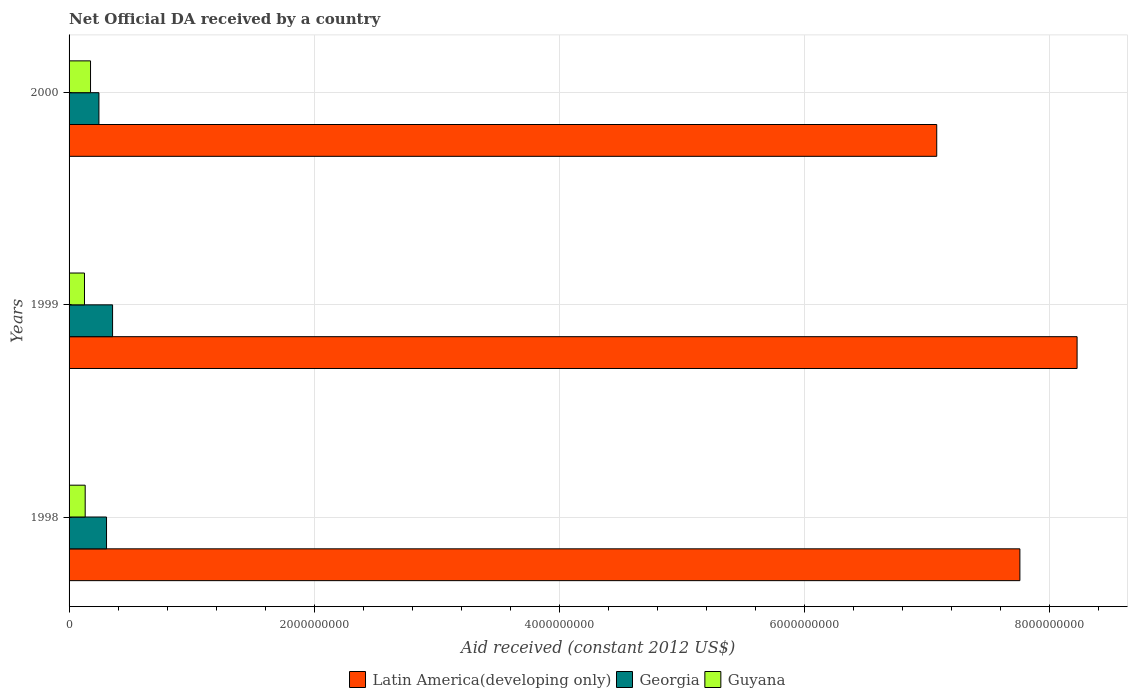
| Years | Latin America(developing only) | Georgia | Guyana |
 | --- | --- | --- | --- |
 | 1998 | 7.76e+09 | 3.06e+08 | 1.32e+08 |
 | 1999 | 8.22e+09 | 3.55e+08 | 1.26e+08 |
 | 2000 | 7.08e+09 | 2.44e+08 | 1.75e+08 |